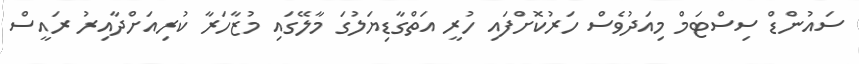
ސައުންޑް ސިސްޓަމް މިއަދުވެސް ހަރުކޮށްފައި ހުރީ އަތްގާޑިޔަލުގަ މާލޭގައި މުޒާހަރާ ކުރިއަށްދާއިރު ރައީސް